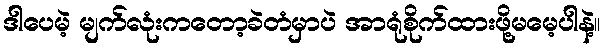
ဒါပေမဲ့ မျက်လုံးကတော့ခဲတံမှာပဲ အာရုံစိုက်ထားဖို့မမေ့ပါနဲ့။